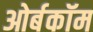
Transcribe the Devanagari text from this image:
ओर्बकॉम